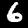
Digit: 6